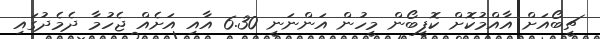
ޗީބޯއަށް އާއްމުކޮށް ކޮފީބޯން މީހުން އަންނަނީ 6.30 އާއި އަށެއް ޖެހުމާ ދެމެދުގައި